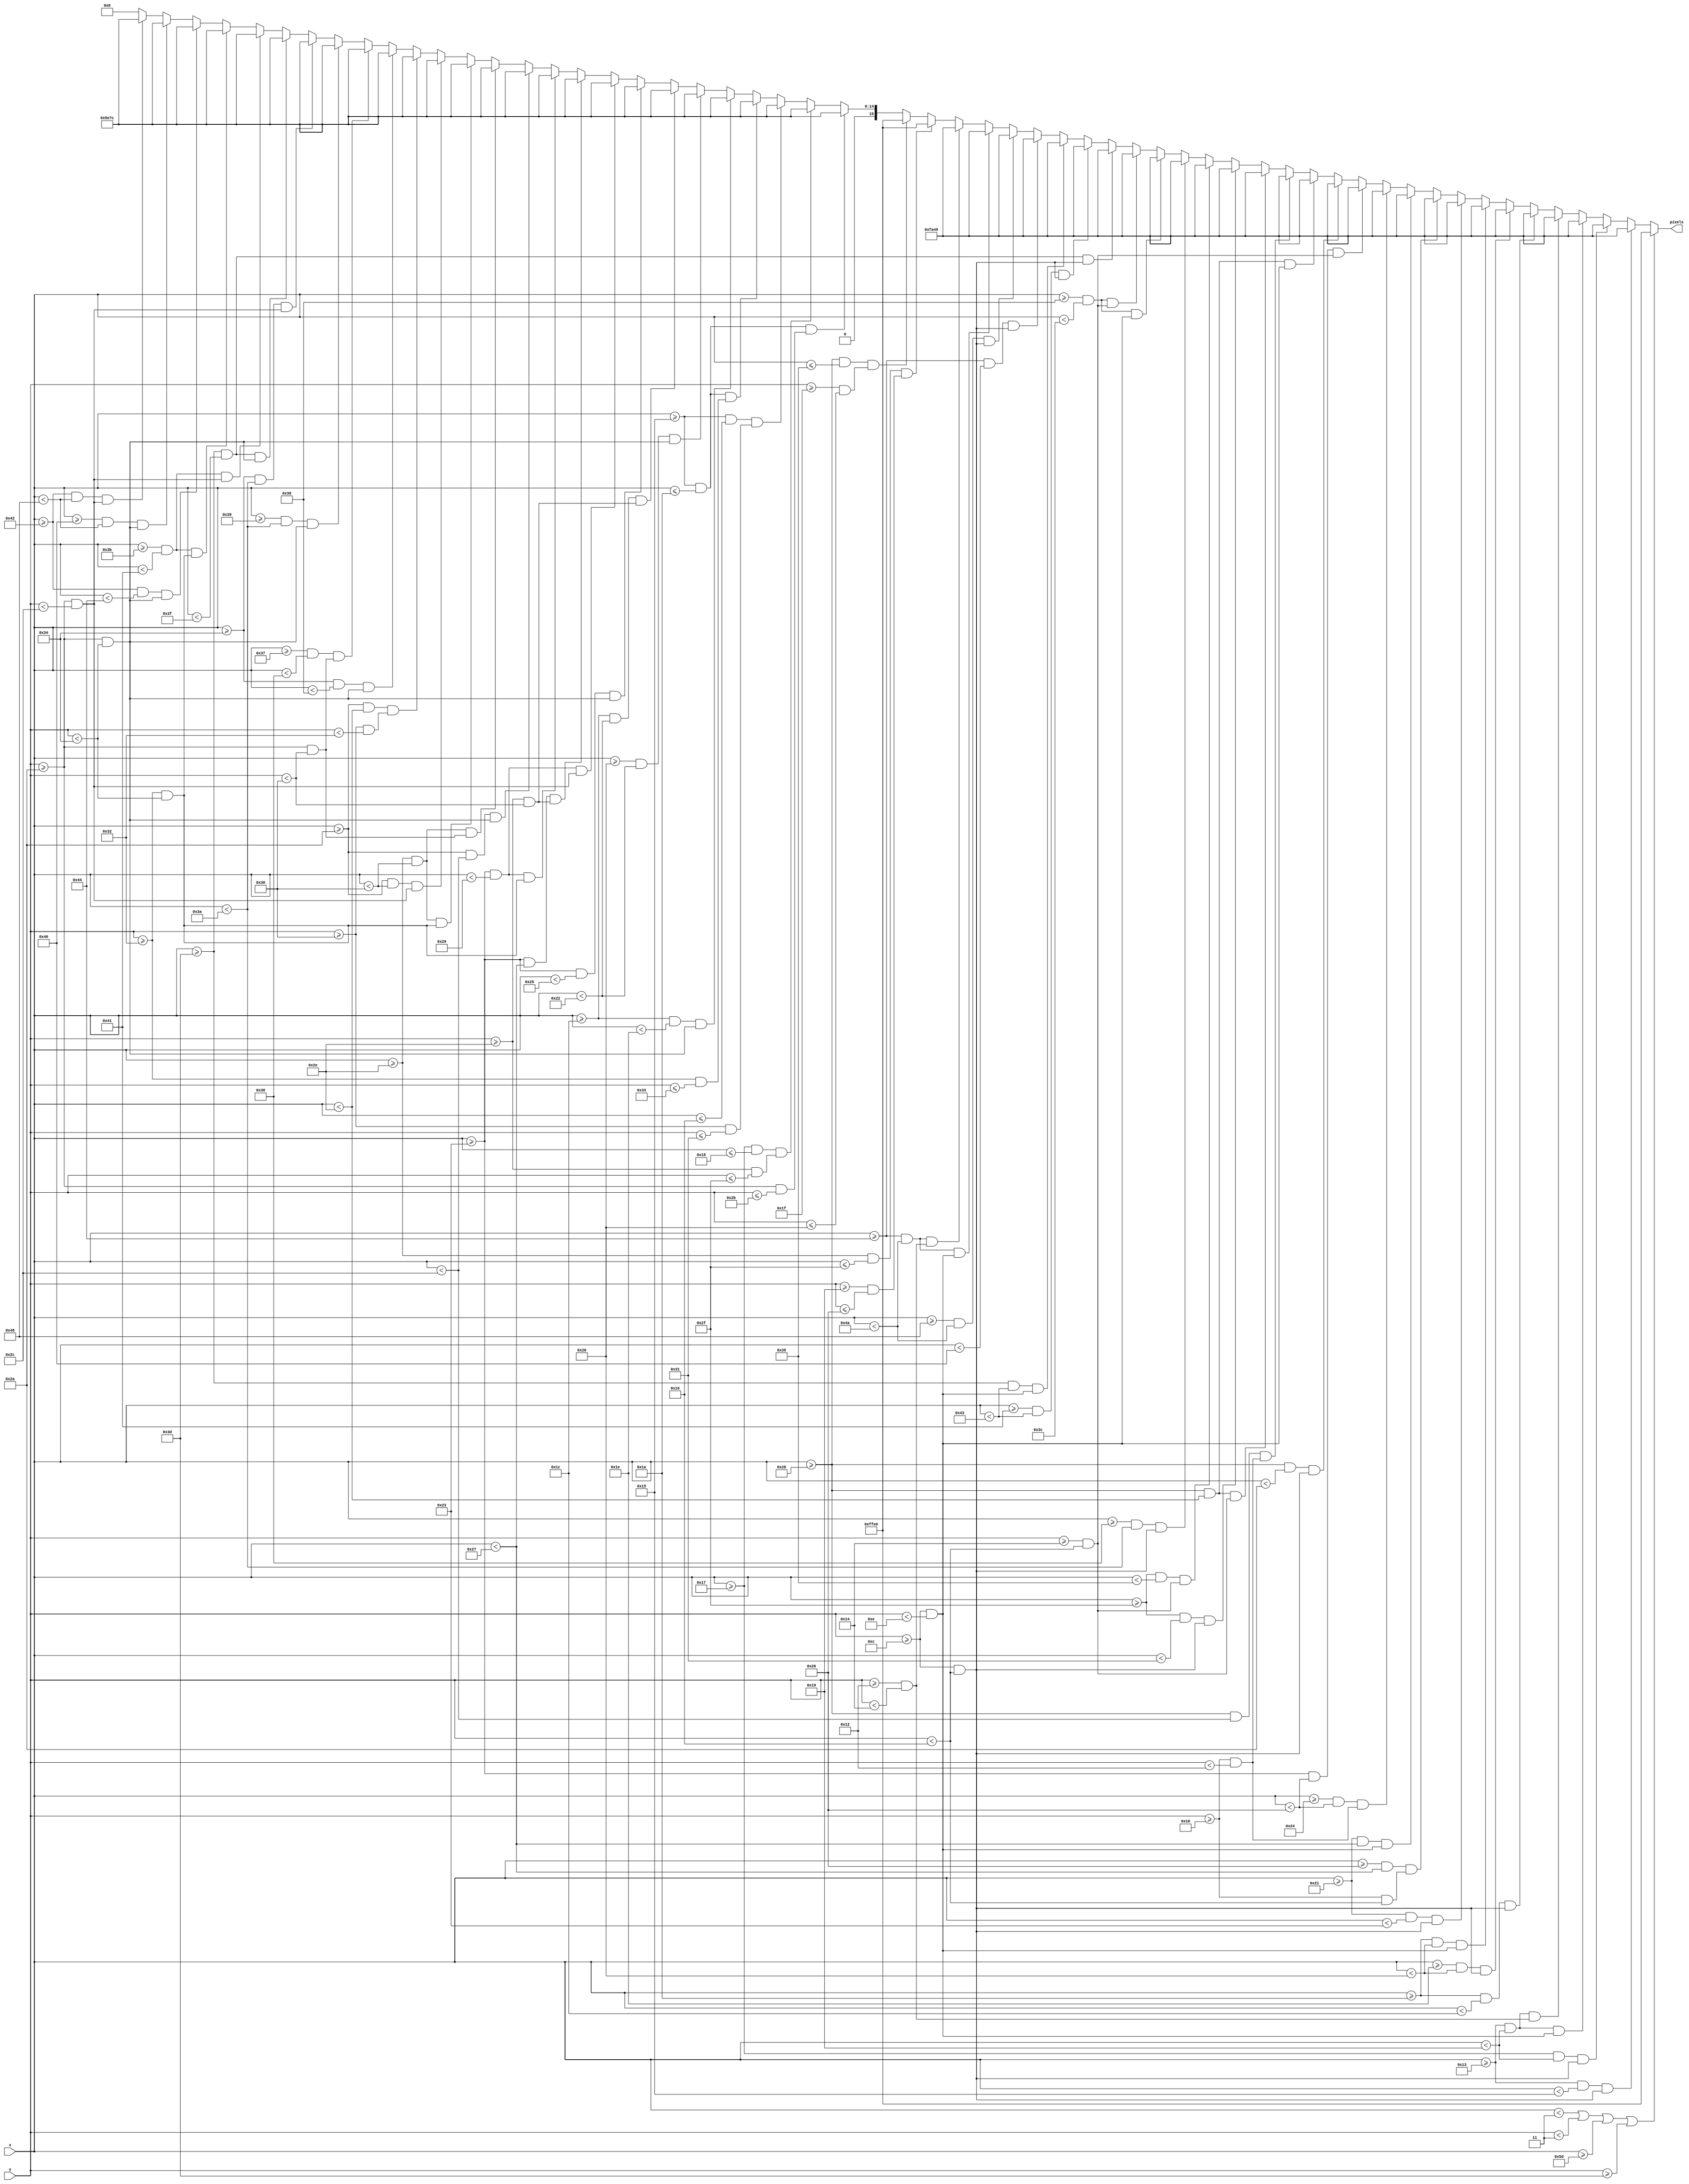
`timescale 1ns / 1ps
//////////////////////////////////////////////////////////////////////////////////
// Company: 
// Engineer: 
// 
// Design Name: 
// Module Name: credits_scrn
// Project Name: 
// Target Devices: 
// Tool Versions: 
// Description: 
// 
// Dependencies: 
// 
// Revision:
// Revision 0.01 - File Created
// Additional Comments:
// 
//////////////////////////////////////////////////////////////////////////////////


module credits_scrn(
    input [6:0] x,
    input [5:0] y,
    output reg [15:0] pixels
    );
    
    always @ (*) begin
             if (x < 3 || y < 3 || x >= 93 || y >= 61)                  pixels = 16'hFFE0;

//        Credits
        else if ((x >= 19 && x < 19+2)   && (y >= 12 && y < 12+10))     pixels = 16'hFA49;
        else if ((x >= 19+4 && x < 19+6) && (y >= 12 && y < 12+10))     pixels = 16'hFA49;
        else if ((x >= 19 && x < 19+6)   && (y >= 12 && y < 12+2))      pixels = 16'hFA49;
        else if ((x >= 19 && x < 19+6)   && (y >= 12+6 && y < 12+8))    pixels = 16'hFA49;
        else if ((x >= 26 && x < 26+2)   && (y >= 12 && y < 12+10))     pixels = 16'hFA49;
        else if ((x >= 26+4 && x < 26+6) && (y >= 12 && y < 12+10))     pixels = 16'hFA49;
        else if ((x >= 26 && x < 26+6)   && (y >= 12 && y < 12+2))      pixels = 16'hFA49;
        else if ((x >= 33 && x < 33+2)   && (y >= 12 && y < 12+10))     pixels = 16'hFA49;
        else if ((x >= 33+5 && x < 33+6) && (y >= 12+4 && y < 12+10))   pixels = 16'hFA49;
        else if ((x >= 33 && x < 33+6)   && (y >= 12 && y < 12+2))      pixels = 16'hFA49;
        else if ((x >= 33+3 && x < 33+5) && (y >= 12+4 && y < 12+6))    pixels = 16'hFA49;
        else if ((x >= 33+2 && x < 33+5) && (y >= 12+8 && y < 12+10))   pixels = 16'hFA49;
        else if ((x >= 40 && x < 40+2)   && (y >= 12 && y < 12+10))     pixels = 16'hFA49;
        else if ((x >= 40 && x < 40+6)   && (y >= 12 && y < 12+2))      pixels = 16'hFA49;
        else if ((x >= 40 && x < 40+4)   && (y >= 12+4 && y < 12+6))    pixels = 16'hFA49;
        else if ((x >= 40 && x < 40+6)   && (y >= 12+8 && y < 12+10))   pixels = 16'hFA49;
        else if ((x >= 47 && x < 47+2)   && (y >= 12 && y < 12+10))     pixels = 16'hFA49;
        else if ((x >= 47 && x < 47+6)   && (y >= 12+8 && y < 12+10))   pixels = 16'hFA49;
        else if ((x >= 54+2 && x < 54+4) && (y >= 12 && y < 12+10))     pixels = 16'hFA49;
        else if ((x >= 54 && x < 54+6)   && (y >= 12 && y < 12+2))      pixels = 16'hFA49;
        else if ((x >= 54 && x < 54+6)   && (y >= 12+8 && y < 12+10))   pixels = 16'hFA49;
        else if ((x >= 61 && x < 61+2)   && (y >= 12 && y < 12+10))     pixels = 16'hFA49;
        else if ((x >= 61+4 && x < 61+6) && (y >= 12 && y < 12+10))     pixels = 16'hFA49;
        else if ((x >= 61 && x < 61+6)   && (y >= 12 && y < 12+2))      pixels = 16'hFA49;
        else if ((x >= 68 && x < 68+2)   && (y >= 12 && y < 12+10))     pixels = 16'hFA49;
        else if ((x >= 68+4 && x < 68+6) && (y >= 12 && y < 12+10))     pixels = 16'hFA49;
        else if ((x >= 68 && x < 68+6)   && (y >= 12 && y < 12+2))      pixels = 16'hFA49;
        else if ((x >= 68 && x < 68+6)   && (y >= 12+6 && y < 12+8))    pixels = 16'hFA49;
        
        else if ((x >= 46 && x <= 47) && (y >= 25 && y <= 38))          pixels = 16'hFFE0;
        else if ((x >= 40 && x <= 53) && (y >= 31 && y <= 32))          pixels = 16'hFFE0;
                                                                                   
        else if ((x >= 21 && x <= 26) && (y >= 42 && y <= 43))          pixels = 16'h5E7C;
        else if ((x >= 23 && x <= 24) && (y >= 46 && y <= 47))          pixels = 16'h5E7C;
        else if ((x >= 21 && x <= 22) && (y >= 48 && y <= 49))          pixels = 16'h5E7C;
        else if ((x >= 21 && x <= 26) && (y >= 50 && y <= 51))          pixels = 16'h5E7C;
        else if ((x >= 28 && x < 28+2)   && (y >= 42 && y < 42+10))     pixels = 16'h5E7C;
        else if ((x >= 28+4 && x < 28+6) && (y >= 42 && y < 42+10))     pixels = 16'h5E7C;
        else if ((x >= 28 && x < 28+6)   && (y >= 42+4 && y < 42+6))    pixels = 16'h5E7C;
        else if ((x >= 35 && x < 35+2)   && (y >= 42 && y < 42+10))     pixels = 16'h5E7C;
        else if ((x >= 35 && x < 35+6)   && (y >= 42 && y < 42+2))      pixels = 16'h5E7C;
        else if ((x >= 35 && x < 35+4)   && (y >= 42+4 && y < 42+6))    pixels = 16'h5E7C;
        else if ((x >= 35 && x < 35+6)   && (y >= 42+8 && y < 42+10))   pixels = 16'h5E7C;
        else if ((x >= 42 && x < 42+2)   && (y >= 42 && y < 42+10))     pixels = 16'h5E7C;
        else if ((x >= 42+4 && x < 42+6) && (y >= 42 && y < 42+6))      pixels = 16'h5E7C;
        else if ((x >= 42+4 && x < 42+6) && (y >= 42+8 && y < 42+10))   pixels = 16'h5E7C;
        else if ((x >= 42 && x < 42+6)   && (y >= 42 && y < 42+2))      pixels = 16'h5E7C;
        else if ((x >= 42 && x < 42+4)   && (y >= 42+6 && y < 42+8))    pixels = 16'h5E7C;
        else if ((x >= 52 && x < 52+2)   && (y >= 42 && y < 42+10))     pixels = 16'h5E7C;
        else if ((x >= 52+3 && x < 52+4) && (y >= 42 && y < 42+6))      pixels = 16'h5E7C;
        else if ((x >= 52+5 && x < 52+6) && (y >= 42 && y < 42+10))     pixels = 16'h5E7C;
        else if ((x >= 52 && x < 52+6)   && (y >= 42 && y < 42+2))      pixels = 16'h5E7C;
        else if ((x >= 59+2 && x < 59+4) && (y >= 42 && y < 42+10))     pixels = 16'h5E7C;
        else if ((x >= 59 && x < 59+6)   && (y >= 42 && y < 42+2))      pixels = 16'h5E7C;
        else if ((x >= 59 && x < 59+6)   && (y >= 42+8 && y < 42+10))   pixels = 16'h5E7C;
        else if ((x >= 66 && x < 66+2)   && (y >= 42 && y < 42+10))     pixels = 16'h5E7C;
        else if ((x >= 66+4 && x < 66+6) && (y >= 42 && y < 42+10))     pixels = 16'h5E7C;
        else if ((x >= 66 && x < 66+6)   && (y >= 42 && y < 42+2))      pixels = 16'h5E7C;
        else pixels = 16'h0000;      
    end
endmodule